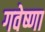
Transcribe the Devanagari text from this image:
गवेष्णा